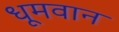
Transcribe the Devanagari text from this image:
धूमवान